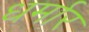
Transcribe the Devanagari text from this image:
धर्मार